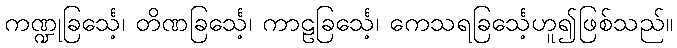
ကဏ္ဍုခြင်္သေ့၊ တိဏခြင်္သေ့၊ ကာဠခြင်္သေ့၊ ကေသရခြင်္သေ့ဟူ၍ဖြစ်သည်။